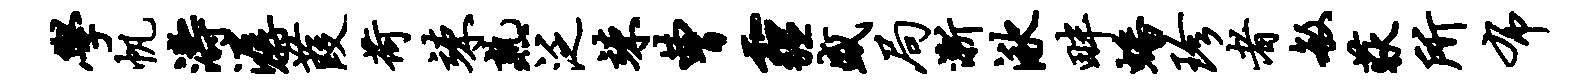
学帆涛潺葭荷竦熟泛竦曹霾盛局渐湫畔蟠珍者敏荻所布